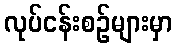
လုပ်ငန်းစဉ်များမှာ